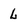
Character: l